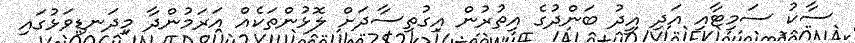
ސާކު ސަމިޓާއި އަދި އީދު ބަންދުގެ އިތުރުން އިގުތިސާދަށް ލޮޅުންތަކެއް އަރަމުންދާ މިދަނޑިވަޅުގައި